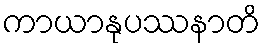
ကာယာနုပဿနာတိ